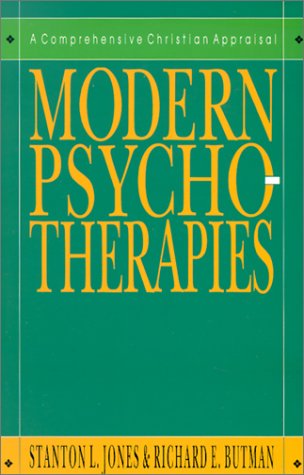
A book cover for Modern Psychotherapies: A Comprehensive Christian Appraisal (Christian Association for Psychological Studies Partnership); Stanton L. Jones; Religion & Spirituality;